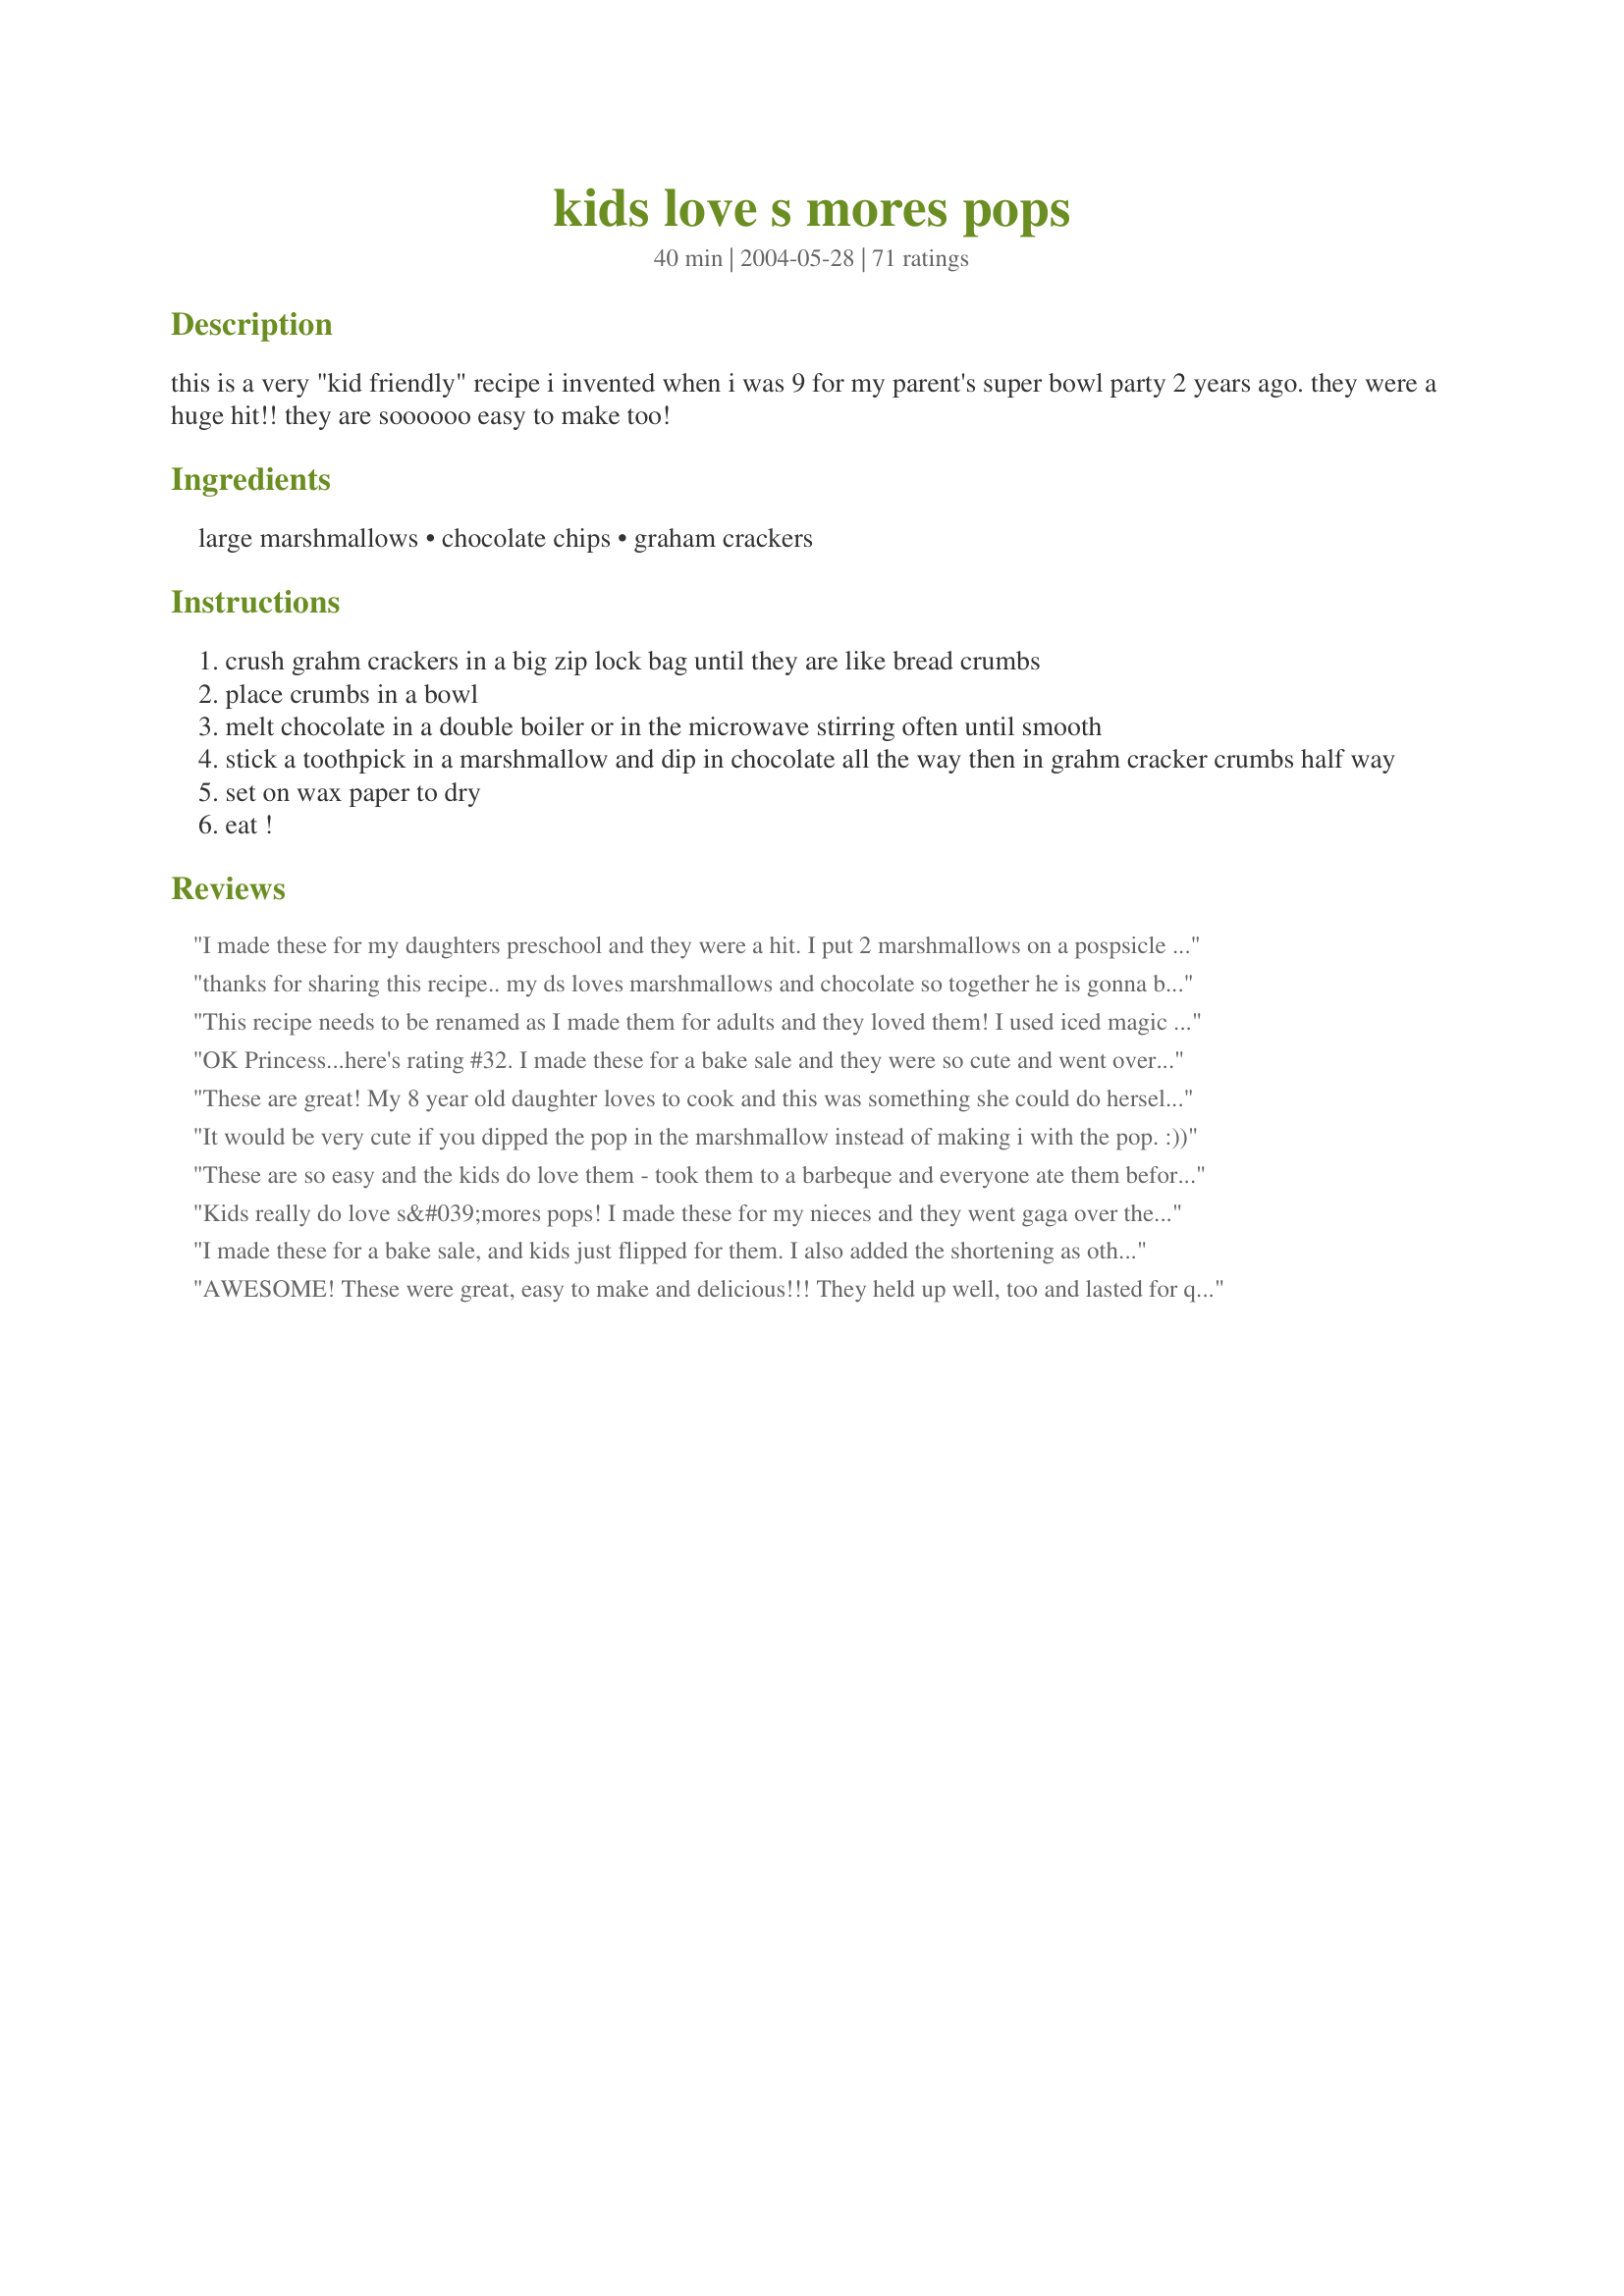
kids love s mores pops
Preparation time: 40 minutes

this is a very "kid friendly" recipe i invented when i was 9 for my parent's super bowl party 2 years ago. they were a huge hit!! they are soooooo easy to make too!

Ingredients:
large marshmallows, chocolate chips, graham crackers

Steps:
crush grahm crackers in a big zip lock bag until they are like bread crumbs
place crumbs in a bowl
melt chocolate in a double boiler or in the microwave stirring often until smooth
stick a toothpick in a marshmallow and dip in chocolate all the way then in grahm cracker crumbs half way
set on wax paper to dry
eat !

Reviews:
I made these for my daughters preschool and they were a hit. I put 2 marshmallows on a pospsicle stick and then rolled them in chocolate and then the crumbs...next time I think I'll roll them in crushed peppermint candies...yum!
thanks for sharing this recipe.. my ds loves marshmallows and chocolate so together he is gonna be in heaven when they come out of the fridge!! so easy and its gonna be so yum! thanks
This recipe needs to be renamed as I made them for adults and they loved them! I used iced magic instead of melting chocolate and it worked a treat. Thanks for posting.
OK Princess...here's rating #32. I made these for a bake sale and they were so cute and went over really well(no leftovers). I cut wooden skewers in half for the picks.I put them in cupcake holders and then into baggies. They looked very nice on the table. I made 46 of these. Thanks!
These are great! My 8 year old daughter loves to cook and this was something she could do herself!! We did just end up using our fingers to dip the mallows into the chocolate and then the grahams. Much faster, the mess was minimal. Thanks for this incredible recipe!
It would be very cute if you dipped the pop in the marshmallow instead of making i with the pop. :))
These are so easy and the kids do love them - took them to a barbeque and everyone ate them before the meat was done - totally a hit!!!!
Kids really do love s&#039;mores pops! I made these for my nieces and they went gaga over them. I should have read the reviews first and used pretzel sticks instead of pop sticks. Perfect project to make with kids!
I made these for a bake sale, and kids just flipped for them. I also added the shortening as others suggested, and it worked really well. I also used straws as the handles instead of toothpicks. thanks for the cute idea! we loved it
AWESOME! These were great, easy to make and delicious!!! They held up well, too and lasted for quite a while. Excellent recipe!!!
I just made these on a whim so I used toothpicks, but next time I'll buy some lollipop sticks at the craft store to use for handles. I had to halve the recipe because I only had a half a bag of marshmallows. We all wish we'd had a full recipe now! They're deliciously addicting! I used Guitard milk chocolate chips & dipped some in grahams, some in white & red peppermint sprinkles (good flavor but not a good look. I'll do white chocolate with those sprinkles for Christmas), & some regular no taste but pretty sprinkles. Thanks for sharing a great recipe the whole family enjoyed, Princess!
I invited the 2 neighbor girls over to make these and they were a hit! We had so much fun making them and then it came time to test.....they were delicious! This is a really great recipe for rainy days or anytime you feel like having fun.
Easy and delicious! I used pre-made graham cracker crumbs and semi-sweet chocolate chips. I also did some regular white marshmallows, and the other half were chocolate marshmallows-- both were great! Thanks for a keeper.
Used pretzels as the handles and made as recipe only added 1/2 tsp shortening to chipits. Made these for a school birthday snack they all loved.
I made these for our sweet on game night for our get together with friends. We really liked these. I took the advice of other reviewers and used pretzel sticks for these and am glad I did. I will make these again as they were a big hit. Thank you for sharing this fun and yummy recipe.
These were a suprise treat for my 6 year old Grandson who adores S'mores. He thought they were the next best thing to the real deal. Thanks for sharing.
Made them for my son's 4th birthday party and all 15 kids loved them.
Tasted wonderful and easy to make. The melted chocolate started to harden after some time so I microwaved it for 10 seconds to get it to the right consistency. It is a very creative recipe!
My sons loved these and had so much fun making them! We used small pretzel sticks as the handles.
Thanks!
I made these for Super Bowl this year, thinking the kids would love them. To my surprise they were the biggest hit among the adults! These are so simple to make and just simply delicious. Thanks for sharing these little bits of nostalgia in an all new way.
These were great and my kids loved making them! What a great alternative to the real thing. We did use pretzel sticks to poke into the marshmallow so that everything would be edible. My kids took some in the lunch box and they were the envy of their lunch table (according to them). Thanks for this idea!
The girls really enjoyed making these "princess wands" for their princess tea party. Thanks!!
My 7 year old had a blast making these after school yesterday. The back of the chocolate chip package said to add a tbsp. of shortening to each cup of choc chips when you melt to make the "dipping" easier so that is what I did and it worked out perfect!
My daughter loved it!!
These were really easy to make and tasty! Its really, really hot here today, so this was a nice snack and I didn't have to turn on the oven.
You can also use pre crushed Graham cracker crumbs
Oh the kids are gonna L O V E these yummy treats. I was all set to buy lollipop sticks until my daughter suggested using pretzel sticks so the whole thing would be edible. BRILLIANT! No sticks or toothpicks to pick up all over the house after the party! Also made recipe#49644 for the rug-brats! Should be a fun Christmas! Thanks a bunch Pink-Princess. This is ingenious!
I was lucky enough to have the creator of this recipe herself make this marshmallow deliciousness for me. I'm proud to say I was even in her presence while it was being created. In fact, I made a few myself. Of course, they didn't look nearly as pretty as the ones Pink Princess made. Hopefully, one day when she's not too busy, she will make them again for me.
Kid friendly but not as delicious as I thought it would be.
FANTASTIC! I made this for my son's second birthday, and the adults went wild for them (well the kids did too). I cut up colorful straws for the sticks, and dusted the chocolate with sprinkles, and coconut. What a great idea. Thanks!
Thank-you, Pink Princess, for this wonderful idea. My six year old grandson made them all by himself (except for the melting the chocolate part) and was s-o-o-o proud of himself. His favorite was pounding the graham crackers into crumbs! I got to share the fun by eating them. I'm a grandma, but marshmallows are still one of my favorite things. I'm going to do this with the kids in my class this fall. They'll love it too, I know!
These were a big hit in our family. Kept two teenagers and a 4 year old busy doing something together. Thanks for posting! We used pretzels like one of the suggestions so that you could eat the whole thing!
These were so easy and addictive. 

Great for a kids party with 100 and 1000's.
Great idea, Princess! I'm going to make these for the kids in my class. I'll make sure that I tell them that an 11-year old invented them.
These were the cutest things. I found them very easy to make. My 3 year old son loved them and my 12 year old niece gobbled them up and is going to make them herself. My sister teaches cooking to little girls at church and she is going to use this recipe with them. Thank you for the great recipe! I used milk chocolate chips though I am sure the semi sweet looks better, but i can't imagine it tasting better.
These were sooo easy to make and the kids enjoyed these at our Memorial Day BBQ that we just had. 
The adults thought it was great and wondered where I came up with it! Since it was a bbq I used my bamboo skewers. I didn't have little tiny kids so I wasn't worried about the little point that they had. It just went with the theme of the day.
What a great way to use up a partial bag of large marshmallows! These were a big hit at the church potluck yesterday. Thank you for this posting!
What a hit these were. I put them on my Christmas cookie plate. The kids (and adults) loved them. I used the pretzel as a handle. Thanks for a great idea.
This is always a crowd pleaser - I have always used pretzel sticks instead of toothpicks.
Wonderfully yummy! My kids really enjoyed making these - and eating them!!! I like the thought of using mini-marshmallows - will try that too next time!
Kids had a ball making these and gave them a five-star rating!
This recipe is a very easy and fun for the kiddies. I made them but used toothpicks (I thought it was easier for little hands to hold). I did half dipped in graham cracker crumbs and the other half dipped in sprinkles. Thanks for this recipe.
I was so impressed with this idea! They were YUMMY and addictive! I think next time we should try dipping mini marshmallows to make little ones you can eat by the handfull!
I just made these delightful pops, I used lollipop sticks that I purchased at the craft store,and milk chocolate chips melted in the microwave.They are delicious and they look like something from a gourmet store, thanks for posting:)
I can't believe I never reviewed these! They're very easy, tasty and a huge hit with both kids and adults. I'm going to try peanut butter (thinned out by heating in the microwave) next time!
I made these for my daughter's fifth birthday party and the kids loved it. My only issue with this is that if you use sweet chocolate then this tastes overly sweet so next time I plan on using a dark unsweetened chocolate. I also rolled these in colored sprinkles which were a really big hit with the kids and I used bamboo skewers so I could put more marshmallows on and they were easier to handle that way too.
These were delightful. My kids love smores when we have a campfire but miss them during the winter. Not anymore, they devoured these up and I enjoyed them just as much.
Excellent Kid and Adult pleasers alike!! This is the second time I have made them...they are so simple to put together and they really stand out on the dessert table! Thanks!
We had a neighborhood camp out on Father's Day weekend, and we couldn't have a bonfire in our neighborhood, and I knew the kids would think camping=smores, so I decided to give this recipe a try! Everyone loved it! I couldn't have been told enough how yummy they were, and what a great idea for our camp out! They were a definite HIT!! And though I was running short on time so I made them all myself, they would be great for the kids to help make! Thanks for sharing!
Great, easy treat! The kids had fun making these (we took them to a bowling awards party), and both adults and children made tons of comments about them. I used Cherry chocolate (found at Walmart), peanut butter chocolate, and semi-sweet - used both graham crackers and candy sprinkles. 1 bag of crackers was plenty for 100 Pops. We had no problem with them being dry - made them the night before and they were still good at noon. Also used some Coconut covered marshmallows. This is a recipe I'll be using a lot - wonderful invention!
Super easy and not just kids went crazy for this treat
This was such a hit at my last family get together. I used recipe #78524 to make vegan marshmallows. Then with a lighter, I "toasted" them just enough to give them that crunchy burnt taste. I made 25 but only 20 made it to the table!! :)
My girls and I made these last night. They were overall pretty easy to make. We used hershey milk choc chips and put the grahams in the food processor. Big hit with kids! We'll definately make these again. Thanks for posting.
These are so simple, and so TASTY! I added the shortening as suggested, and it worked out great.
Awesome recipe. Thank you for posting it for us all to enjoy. I made these for a family party this weekend and everyone loved them. Very creative way of making smores.
I can't believe I haven't rated these yet. I made these for my children's school for International Day, here in Beijing. It was a great way to offer s'mores to those that unfamiliar with them, but without the mess. Great treat for the kiddos that walked up to the USA table. Thanks.
My 5 year old & I had a great time making these for his class. I added a 1/2 tsp shortening as others had suggested. They covered really easily. I prefer using the candy sticks as opposed to popsicle sticks because you can twist the round sticks between you fingers, flicking off excess chocolate. We dipped ours in sprinkles. We had a few left over and dipped in skor pieces-YUMMY!!!!!!
not only the kid, but the adults liked these as well. Getting the chocolate on the marshmellows was a little messy, the chocolate would make the marshmellows heavy and they would slide off the toothpick when I dipped them. I also tried putting the chocoate on the a spoon and that worked fairly well, but they still slig off the toothpick so finally I just used one hand to help spread the chocolate over the marshmello.
these were so easy to make! I found extra-long marshmallows, made a hole with a hot knife, and inserted paddle pop sticks.
I covered the entire thing with chocolate and rolled them in "scotch finger biscuit" crumbs. The kids loved them, and the adults all wanted to try them too :) Thank!
These are AWESOME!! Very simple to make, only took about 20 minutes, and they are very very tasty! Great for a bake sale at work, a nice light treat for adults and kids, they are a bit rick with the marshmallow chocolate combo but soo good! I may try agin with coconut and crushed peanuts instead of graham crumbs....
Oh man, were these a hit at a friend's party! I ended up using 3 (14 oz) bags of marshmallows, 1/2 bag (equa1s 1 cup) of semi-sweet chocolate, 1/2 bag of dark chocolate, and 1/2 bag of milk chocolate, and 2/3 of a box of graham crackers (3 packages in a 14.5 oz box). I lined 2 professional-size cookie pans with aluminum foil (just for presentation) then laid a single sheet of waxed paper down over that. I processed the graham cracker crumbes in the food processor and dumped them into a bowl, melted the chocolates (one batch at a time) in a double boiler with 1 tbs shortening, per another reviewer's suggestion, and had my kids help me put the marshamallows onto some unpainted wooden craft (popsicle) sticks. We toasted all the marshmallows over med-low on the gas burner on my stove. Most of the marshmallows browned beautifully in just a few seconds, but a few caught fire- usually it was just a small portion of the marshmallow. We went ahead and dipped and coated them anyway, and kept them on a separate cookie sheet...those were our 'oops' s'mores. We took them along with us because we didn't want them in the house for us to eat and figured the kids at the party wouldn't care. It took us about an hour too make all 3 batches of smores pops. The adults went crazy over them- the 'foodies' seemed to love the dark chocolate the best (they said it was a 'sophisticated s'more'- LOL). The kids naturally loved the milk chocolate ones for the sweetness- the adults said they were almost too sweet- and most preferred the semi-sweet ones. The men on the whole went ga-ga over the 'oops' s'mores- said they reminded them of being a little kid and being too impatient to wait for marshmallows to toast evenly! I was alittle concerned about them drying out, as another reviewer commented, but becasue they were toasted it hid the fact. In general I would recommend using a name-brand marshmallow if you are concerned with the s'mores appearance, and if you toast them, let them cool slightly before dipping them in the chocolate, otherwise the marshmallow is too soft and will smear or smush.
Total success and rave reviews for something so simple. Thanks for posting!
I "created" this several years ago too when I was dipping everything I could in chocolate. I used the thicker pretzel sticks and then you could eat the whole treat. I did change the smores combination a bit but easy to eat.
disappeared so quickly at my daughter's 'Rainbow' party - simple and yummy!
Made these for my daughter's tenth birthday party, and they were a hit :) Everyone asked if I made them or bought them, and they all wanted to know how it was done. I used crushed graham crackers on some and sprinkles on others. For the sticks, I cut up colorful straws so they looked more festive. Thanks for the great idea!
Big hit at the kindergarten back-to-school party! The moms loved them too! Thanks!
By the way, I ruined a whole bag of chips by over-cooking the chocolate. Be sure not too cook it at a high temp. or it will get clumpy & separate and be unsalvageable.
These are great! I made these for my son's preschool and got raves from the kids and the teachers. I used my food processor to break up the graham crackers and put the marshmallows on popsicle sticks. It took me about 30-45 minutes to make 30 of these (start to finish). This is a definite keeper.
Oh how cute! Thanks so much for sharing, great bake sale recipe!
These were great! I made them and sold them at my ice cream parlor. Kids and adults were buying and loving them. I used plastic coffee stirrers for the sticks (I have 10,000 of them!), semi-sweet chocolate chips and Keebler graham cracker crumbs. The only problem I had was the part of the marshmallow that wasn't covered with chocolate tended to get dry and slightly hard. I laid them on their sides and then covered the tray with plastic wrap. Next time I'll be sure that the chocolate completely covers the marshmallow, even though I really liked the way they looked in the picture. Thanks for posting this really cute idea.
I just finished making these with my grandsons and we all enjoyed making then eating the S'mores On A Stick. They were such fun to make. The boys are already asking what we can make together again another time. I also made some without the sticks by dipping in chocolate and rolling in the graham cracker crumbs. Yummy and I think they will ship well.
Loved this idea!! I made them for a soccer party and the girls (and the parents) loved them! Will definitely make them again. Thanks!
What a great idea! Everyone thought this was delicious and simple....Now if I could just stop sampling them!!
